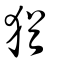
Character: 猶